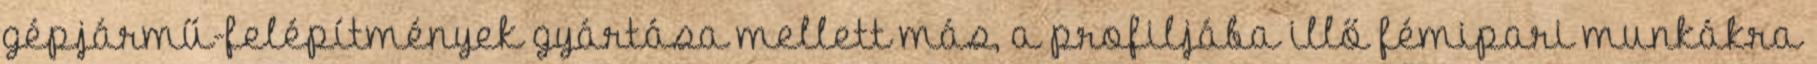
gépjármű-felépítmények gyártása mellett más, a profiljába illő fémipari munkákra